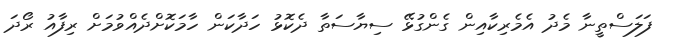
ފަލަސްތީނާ މެދު އެމެރިކާއިން ގެންގުޅޭ ސިޔާސަތާ ދެކޮޅު ހަދާކަން ހާމަކޮށްދެއްވުމަށް ރިފާއު ރޯދަ